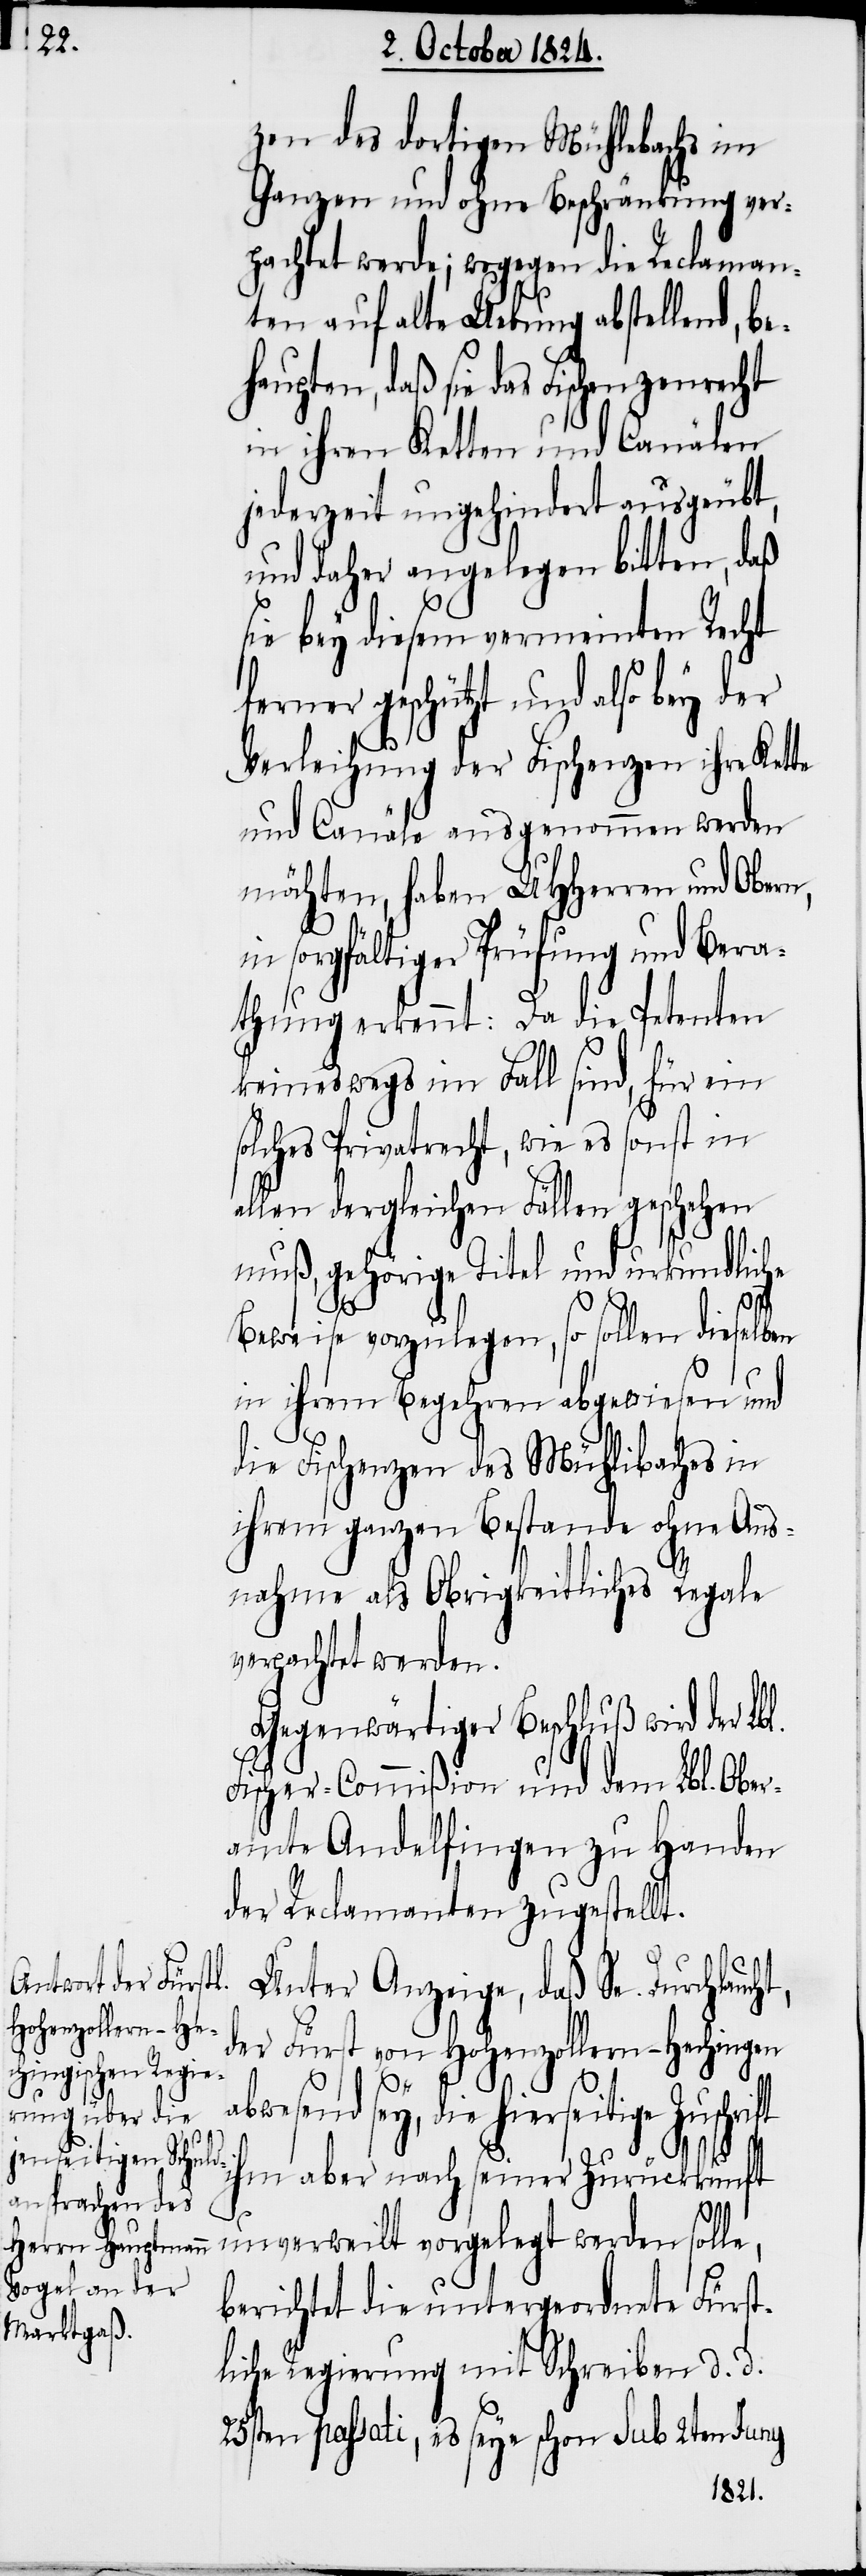
ehaupten, daß

zen des dortigen Mühlebachs im
Ganzen und ohne Beschränkung ver¬
pachtet werde; wogegen die Reclaman¬
ten auf alte Uebung abstellend, b¬
sie das Fischenzenrecht
in ihren Ketten und Canälen
jederzeit ungehindert ausgeübt,
und daher angelegen bitten, daß
sie bey diesem vermeinten Recht
ferner geschützt und also bey der
Verleihung der Fischenzen ihre Kette
und Canäle ausgenommen werden
möchten, haben UHHerren und Obern,
in sorgfältiger Prüfung und Bera¬
thung erkennt: Da die Petenten
keineswegs im Fall sind, für ein
solches Privatrecht wie es sonst in
allen dergleichen Fällen geschehen
muß, gehörige Titel und urkundliche
Beweise vorzulegen, so sollen dieselben
in ihrem Begehren abgewiesen und
t,
die Fischenzen des Mühlibaches in
ihrem ganzen Bestande ohne Aus¬
nahme als Obrigkeitliches Regale
verpachtet werden.
Gegenwärtiger Beschluß wird der Lbl.
Fischer-Commißion und dem Lbl. Ober¬
amte Andelfingen zu Handen
der Reclamanten zugestellt.
Unter Anzeige, daß Se. Durchlauch¬
der Fürst von Hohenzollern-Hechingen
wesend sey, die hierseitige
ihm aber nach seiner Zurückkunft
ab¬
unverweilt vorgelegt werden solle,
berichtet die untergeordnete Fürst¬
liche Regierung mit Schreiben d. d.
25sten passati, es seye schon sub 2ten Juny